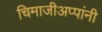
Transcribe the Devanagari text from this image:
चिमाजीअप्पांनी